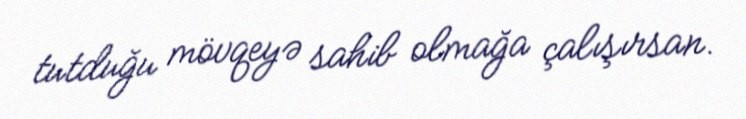
tutduğu mövqeyə sahib olmağa çalışırsan.